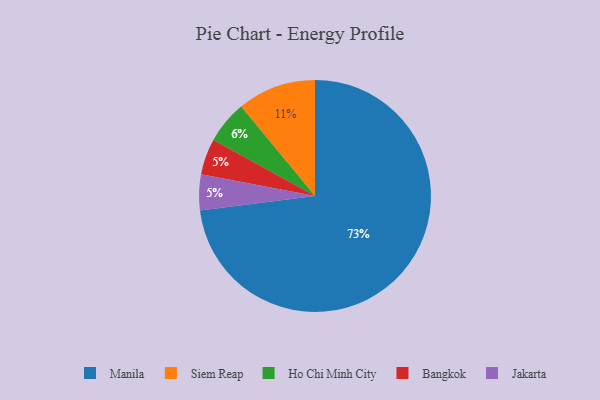
{"axis": {"x": "Category", "y": "Percentage"}, "legend": ["Bangkok", "Ho Chi Minh City", "Jakarta", "Manila", "Siem Reap"], "data": [{"x": "Bangkok", "y": 5, "type": "Bangkok"}, {"x": "Manila", "y": 73, "type": "Manila"}, {"x": "Jakarta", "y": 5, "type": "Jakarta"}, {"x": "Ho Chi Minh City", "y": 6, "type": "Ho Chi Minh City"}, {"x": "Siem Reap", "y": 11, "type": "Siem Reap"}]}